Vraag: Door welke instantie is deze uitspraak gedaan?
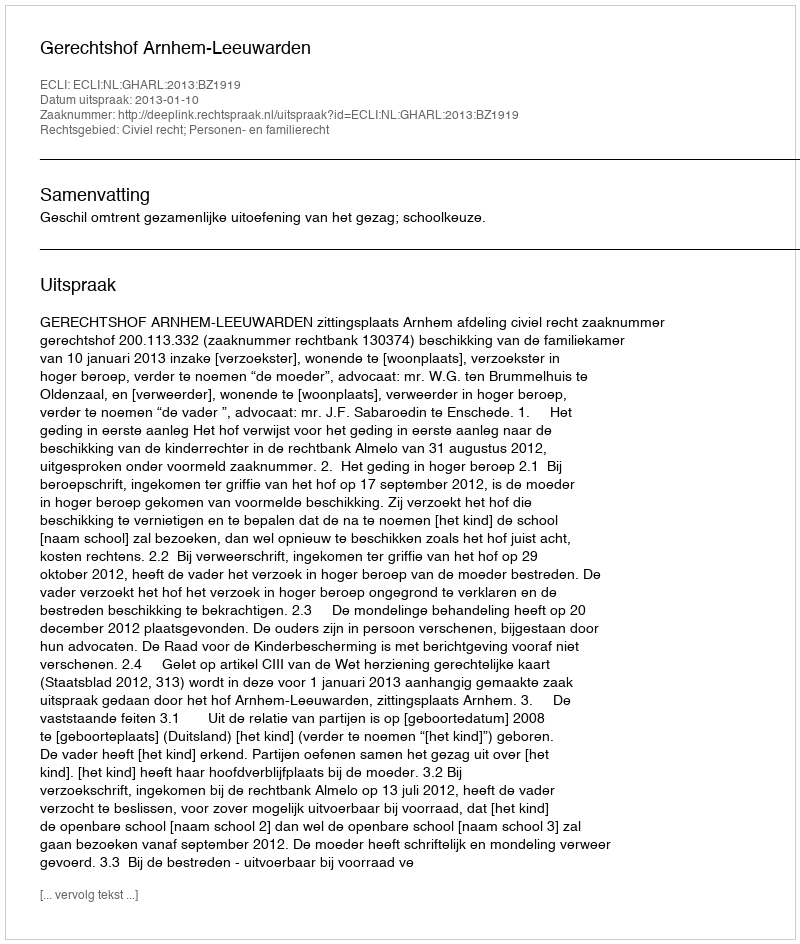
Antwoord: Gerechtshof Arnhem-Leeuwarden